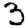
Digit: 3